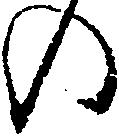
の